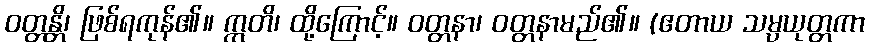
ဝတ္တန္တိ၊ ဖြစ်ရကုန်၏။ ဣတိ၊ ထို့ကြောင့်။ ဝတ္တနာ၊ ဝတ္တနာမည်၏။ (ဧတာယ သမ္ပယုတ္တကာ